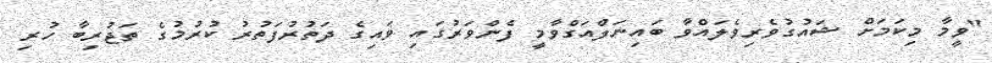
"ވީމާ މިކަމަށް ޝައުގުވެރިވެލައްވާ ބައިނަލްއަގްވާމީ ފެންވަރުގައި ވައިގެ ދަތުރުފަތުރު ކުރުމުގެ ތަޖުރިބާ ހުރި